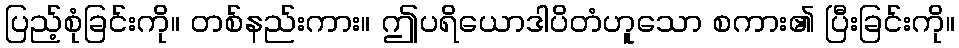
ပြည့်စုံခြင်းကို။ တစ်နည်းကား။ ဤပရိယောဒါပိတံဟူသော စကား၏ ပြီးခြင်းကို။